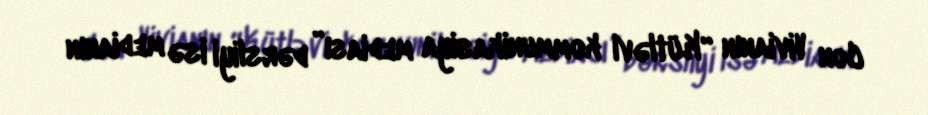
Con Vivianın “Kütləvi kommunikasiya mediası” dərsliyi isə medianın